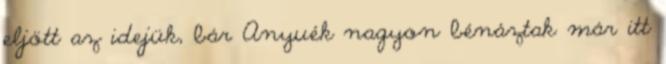
eljött az idejük, bár Anyuék nagyon bénáztak már itt